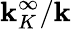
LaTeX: \mathbf{k}_{K}^{\infty}/\mathbf{k}